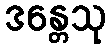
ဒန္တေသု